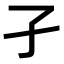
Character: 孑